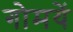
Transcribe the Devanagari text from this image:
गोमयें